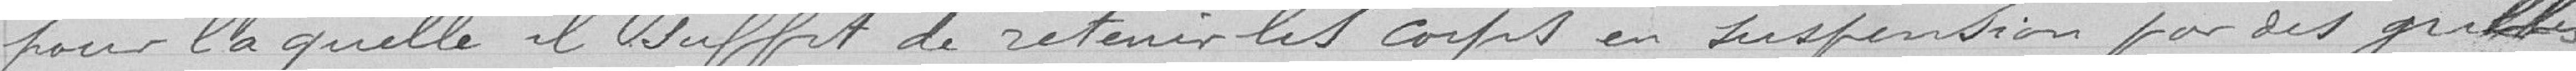
pour laquelle il suffit de retenir les corps en suspension par des grilles